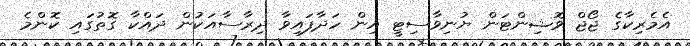
އެމެރިކާގެ ޖޯޖް ވޮޝިންޓަން ޔުނިވާސިޓީ އިން ހަދާފައިވާ ދިރާސާއަކުން ދައްކާ ގޮތުގައި ކޮންމެ